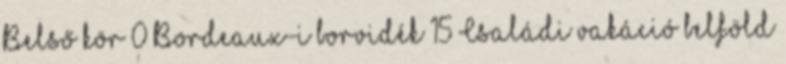
Belső kör 0 Bordeaux-i borvidék 15 Családi vakáció belföld